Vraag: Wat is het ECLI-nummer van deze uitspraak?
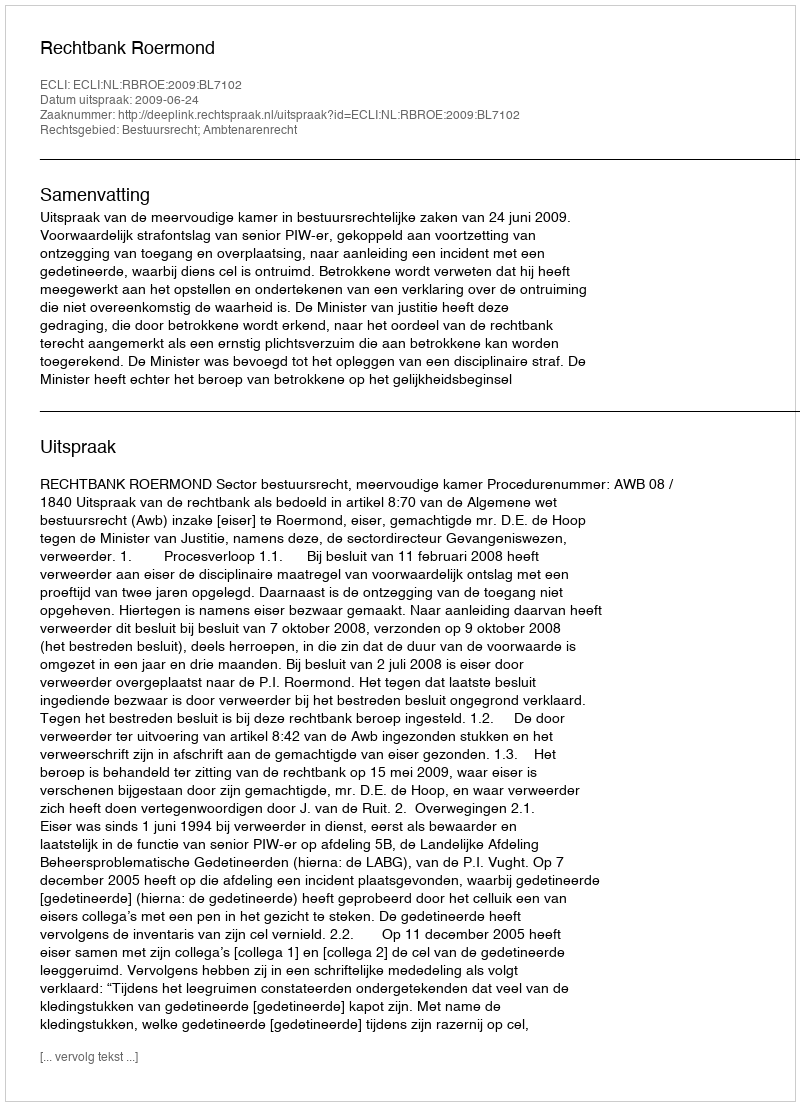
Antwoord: ECLI:NL:RBROE:2009:BL7102